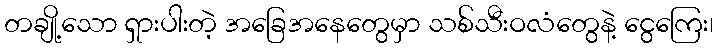
တချို့သော ရှားပါးတဲ့ အခြေအနေတွေမှာ သစ်သီးဝလံတွေနဲ့ ငွေကြေး၊